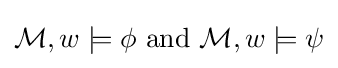
{\mathcal {M}},w\models \phi {\textrm {~and~}}{\mathcal {M}},w\models \psi